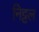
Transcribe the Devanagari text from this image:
निट्टल